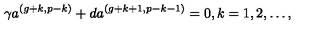
\gamma a ^ { ( g + k , p - k ) } + d a ^ { ( g + k + 1 , p - k - 1 ) } = 0 , k = 1 , 2 , \ldots ,